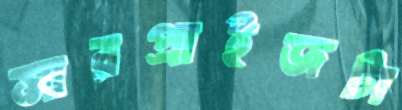
সারপ্রাইজটা